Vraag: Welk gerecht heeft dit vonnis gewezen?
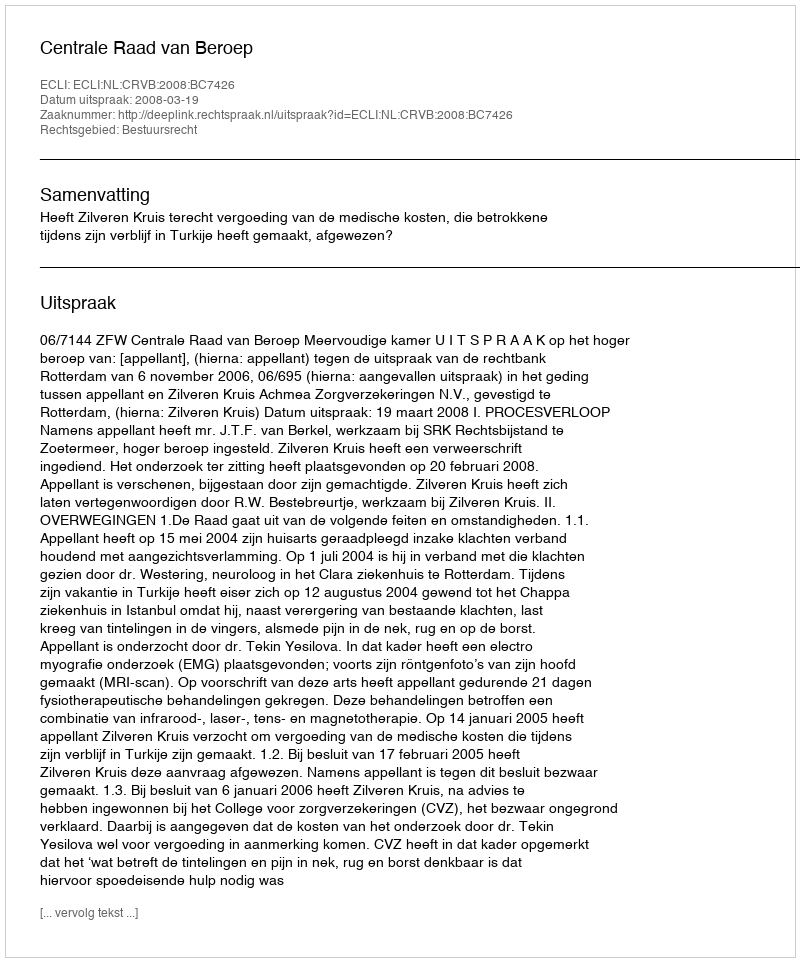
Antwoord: Centrale Raad van Beroep